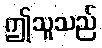
ဤသူသည်